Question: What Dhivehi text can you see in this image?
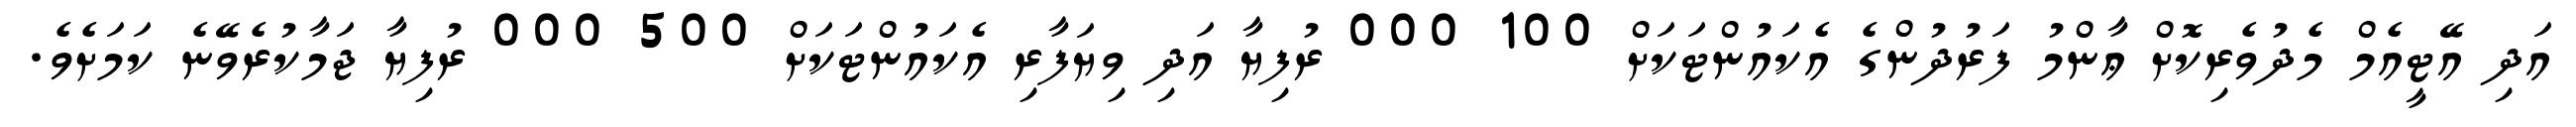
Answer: އަދި އޭޓީއެމް މެދުވެރިކޮށް ޢާންމު ފަރުދުންގެ އެކައުންޓަކަށް 100 000 ރުފިޔާ އަދި ވިޔަފާރި އެކައުންޓަކަށް 500 000 ރުފިޔާ ޖަމާކުރެވޭނެ ކަމަށެވެ.